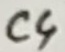
Text: C4